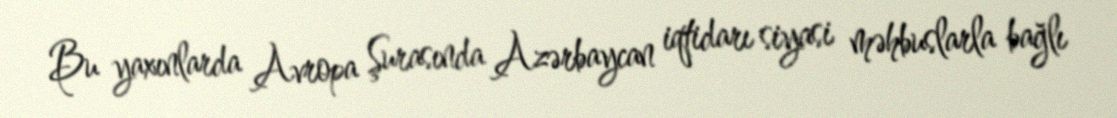
Bu yaxınlarda Avropa Şurasında Azərbaycan iqtidarı siyasi məhbuslarla bağlı